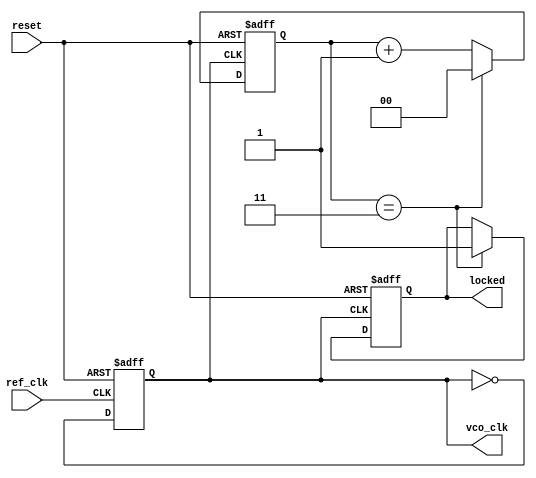
module high_performance_pll (
    input wire ref_clk,        // Reference clock input
    input wire reset,         // Asynchronous reset
    output wire vco_clk,      // Output clock from VCO
    output wire locked         // Lock status output
);

    // Parameters
    parameter DIV_RATIO = 4;  // Example division ratio
    parameter VCO_MAX_FREQ = 100; // Max VCO frequency (arbitrary units)
    
    // Internal signals
    reg [1:0] phase_error;    // Phase error signal from PD
    reg [7:0] control_voltage; // Control voltage from CP
    reg [7:0] filtered_voltage; // Filtered control voltage
    reg [7:0] vco_freq;       // VCO frequency setting
    reg [1:0] divider_count;   // Count for frequency divider
    reg vco_clk_reg;          // VCO clock output register
    reg locked_reg;           // Lock status register

    // Phase Detector (PD)
    always @(posedge ref_clk or posedge reset) begin
        if (reset) begin
            phase_error <= 2'b00;
        end else begin
            // Simple phase comparison (for example purposes)
            if (ref_clk && !vco_clk_reg) begin
                phase_error <= 2'b01; // Ref clock is leading
            end else if (!ref_clk && vco_clk_reg) begin
                phase_error <= 2'b10; // VCO clock is leading
            end else begin
                phase_error <= 2'b00; // Aligned
            end
        end
    end

    // Charge Pump (CP)
    always @(posedge ref_clk or posedge reset) begin
        if (reset) begin
            control_voltage <= 8'b0;
        end else begin
            case (phase_error)
                2'b01: control_voltage <= control_voltage + 1; // Increase voltage
                2'b10: control_voltage <= control_voltage - 1; // Decrease voltage
                default: control_voltage <= control_voltage; // Hold
            endcase
        end
    end

    // Loop Filter (LF)
    always @(posedge ref_clk or posedge reset) begin
        if (reset) begin
            filtered_voltage <= 8'b0;
        end else begin
            // Simple low-pass filter (for example purposes)
            filtered_voltage <= (filtered_voltage + control_voltage) >> 1; // Averaging
        end
    end

    // Voltage-Controlled Oscillator (VCO)
    always @(posedge ref_clk or posedge reset) begin
        if (reset) begin
            vco_freq <= 8'b0;
            vco_clk_reg <= 0;
        end else begin
            // Control VCO frequency based on filtered voltage
            vco_freq <= filtered_voltage % VCO_MAX_FREQ; // Example frequency control
            vco_clk_reg <= ~vco_clk_reg; // Toggle for VCO clock
        end
    end

    // Frequency Divider (FD)
    always @(posedge vco_clk_reg or posedge reset) begin
        if (reset) begin
            divider_count <= 2'b00;
            locked_reg <= 0;
        end else begin
            divider_count <= divider_count + 1;
            if (divider_count == DIV_RATIO - 1) begin
                locked_reg <= 1; // Indicate locked status
                divider_count <= 2'b00; // Reset count
            end
        end
    end

    // Output assignments
    assign vco_clk = vco_clk_reg; // Output VCO clock
    assign locked = locked_reg;    // Output lock status

endmodule